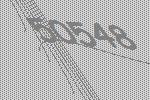
50548